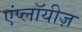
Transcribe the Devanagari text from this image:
एंप्लॉयीज़